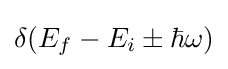
\delta (E_{f}-E_{i}\pm \hbar \omega )